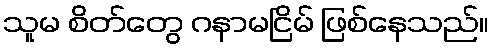
သူမ စိတ်တွေ ဂနာမငြိမ် ဖြစ်နေသည်။